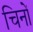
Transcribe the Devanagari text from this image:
चिनों